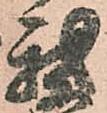
我